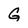
Character: G